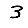
Digit: 3